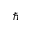
\hbar